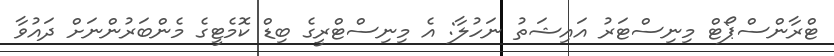
ޓްރާންސްޕޯޓް މިނިސްޓަރު އައިޝަތު ނަހުލާ: އެ މިނިސްޓްރީގެ ބިޑް ކޮމެޓީގެ މެންބަރުންނަށް ދައުވާ